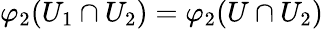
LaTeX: \varphi_{2}(U_{1}\cap U_{2})=\varphi_{2}(U\cap U_{2})